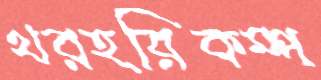
থরহরিকম্প